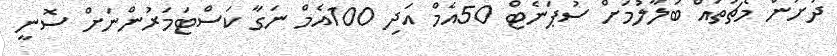
ދަށުން މެޗުތައް ބަލާލުމަށް ސުޕަނެޓް 50އެމް އަދި 100އެމް ނަގާ ކަސްޓަމަރުންނަށް ސޮނީ